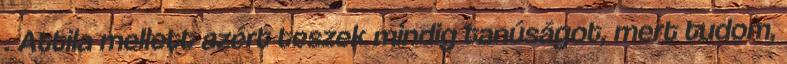
. Attila mellett azért teszek mindig tanúságot, mert tudom,